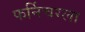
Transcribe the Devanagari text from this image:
फर्निचरला